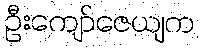
ဦးကျော်ဇေယျက